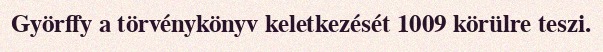
Györffy a törvénykönyv keletkezését 1009 körülre teszi.